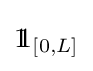
1\!\!1_{[0,L]}